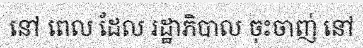
នៅ ពេល ដែល រដ្ឋាភិបាល ចុះចាញ់ នៅ